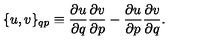
\{ u , v \} _ { q p } \equiv { \frac { \partial u } { \partial q } } { \frac { \partial v } { \partial p } } - { \frac { \partial u } { \partial p } } { \frac { \partial v } { \partial q } } .